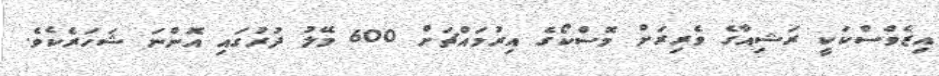
އިޒެވްސްކަކީ ރަޝިއާގެ ވެރިރަށް މޮސްކޯގެ އިރުމައްޗަށް 600 މޭލު ދުރުގައި އޮންނަ ޝަހަރެކެވެ.